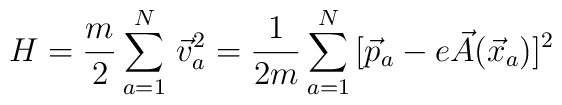
H=\frac{m}{2}\sum_{a=1}^N\,\vec{v}_a^2 =\frac{1}{2m}\sum_{a=1}^N\,[\vec{p}_a-e\vec{A}(\vec{x}_a)]^2